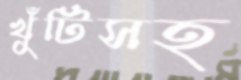
খুঁটিসহ